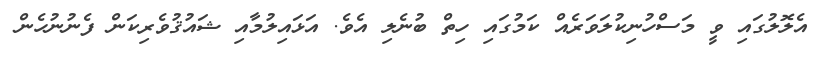
އެލޮލުގައި ވީ މަސްހުނިކުލަވަރެއް ކަމުގައި ހިތް ބުނެލި އެވެ. އަޅައިލުމާއި ޝައުޤުވެރިކަން ފެނުނުހެން